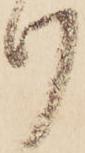
け